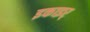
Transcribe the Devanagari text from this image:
इकाइर्